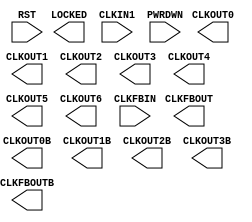
module MMCME2_BASE (
  CLKFBOUT,
  CLKFBOUTB,
  CLKOUT0,
  CLKOUT0B,
  CLKOUT1,
  CLKOUT1B,
  CLKOUT2,
  CLKOUT2B,
  CLKOUT3,
  CLKOUT3B,
  CLKOUT4,
  CLKOUT5,
  CLKOUT6,
  LOCKED,
  CLKFBIN,
  CLKIN1,
  PWRDWN,
  RST
);

  parameter BANDWIDTH = "OPTIMIZED";
  parameter real CLKFBOUT_MULT_F = 5.000;
  parameter real CLKFBOUT_PHASE = 0.000;
  parameter real CLKIN1_PERIOD = 0.000;
  parameter real CLKOUT0_DIVIDE_F = 1.000;
  parameter real CLKOUT0_DUTY_CYCLE = 0.500;
  parameter real CLKOUT0_PHASE = 0.000;
  parameter integer CLKOUT1_DIVIDE = 1;
  parameter real CLKOUT1_DUTY_CYCLE = 0.500;
  parameter real CLKOUT1_PHASE = 0.000;
  parameter integer CLKOUT2_DIVIDE = 1;
  parameter real CLKOUT2_DUTY_CYCLE = 0.500;
  parameter real CLKOUT2_PHASE = 0.000;
  parameter integer CLKOUT3_DIVIDE = 1;
  parameter real CLKOUT3_DUTY_CYCLE = 0.500;
  parameter real CLKOUT3_PHASE = 0.000;
  parameter CLKOUT4_CASCADE = "FALSE";
  parameter integer CLKOUT4_DIVIDE = 1;
  parameter real CLKOUT4_DUTY_CYCLE = 0.500;
  parameter real CLKOUT4_PHASE = 0.000;
  parameter integer CLKOUT5_DIVIDE = 1;
  parameter real CLKOUT5_DUTY_CYCLE = 0.500;
  parameter real CLKOUT5_PHASE = 0.000;
  parameter integer CLKOUT6_DIVIDE = 1;
  parameter real CLKOUT6_DUTY_CYCLE = 0.500;
  parameter real CLKOUT6_PHASE = 0.000;
  parameter integer DIVCLK_DIVIDE = 1;
  parameter real REF_JITTER1 = 0.010;
  parameter STARTUP_WAIT = "FALSE";

  output CLKFBOUT;
  output CLKFBOUTB;
  output CLKOUT0;
  output CLKOUT0B;
  output CLKOUT1;
  output CLKOUT1B;
  output CLKOUT2;
  output CLKOUT2B;
  output CLKOUT3;
  output CLKOUT3B;
  output CLKOUT4;
  output CLKOUT5;
  output CLKOUT6;
  output LOCKED;

  input CLKFBIN;
  input CLKIN1;
  input PWRDWN;
  input RST;

 endmodule